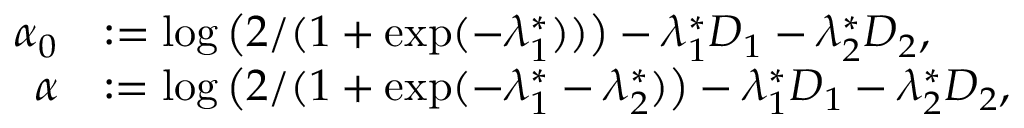
\begin{array} { r l } { \alpha _ { 0 } } & { : = \log \big ( 2 / ( 1 + \exp ( - \lambda _ { 1 } ^ { * } ) ) \big ) - \lambda _ { 1 } ^ { * } D _ { 1 } - \lambda _ { 2 } ^ { * } D _ { 2 } , } \\ { \alpha } & { : = \log \big ( 2 / ( 1 + \exp ( - \lambda _ { 1 } ^ { * } - \lambda _ { 2 } ^ { * } ) \big ) - \lambda _ { 1 } ^ { * } D _ { 1 } - \lambda _ { 2 } ^ { * } D _ { 2 } , } \end{array}